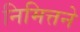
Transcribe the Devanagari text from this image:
निमित्तने